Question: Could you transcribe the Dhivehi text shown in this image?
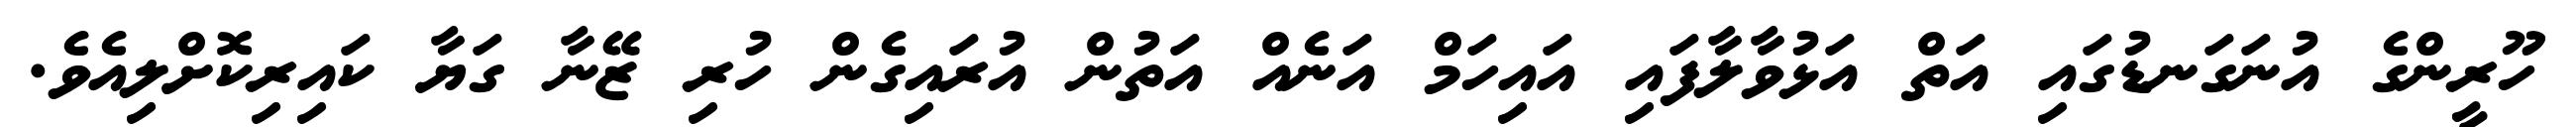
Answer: ހޫރީންގެ އުނަގަނޑުގައި އަތް އަޅުވާލާފައި އައިހަމް އަނެއް އަތުން އުރައިގެން ހުރި ޒޭނާ ގަޔާ ކައިރިކޮށްލިއެވެ.